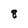
Character: 8